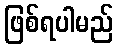
ဖြစ်ရပါမည်